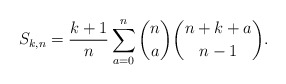
\begin{gather*}S_{k,n} = {\frac{k+1}{n}} \sum_{a=0}^{n} {\binom{n}{a}} {\binom{n+k+a}{n-1}}.\end{gather*}